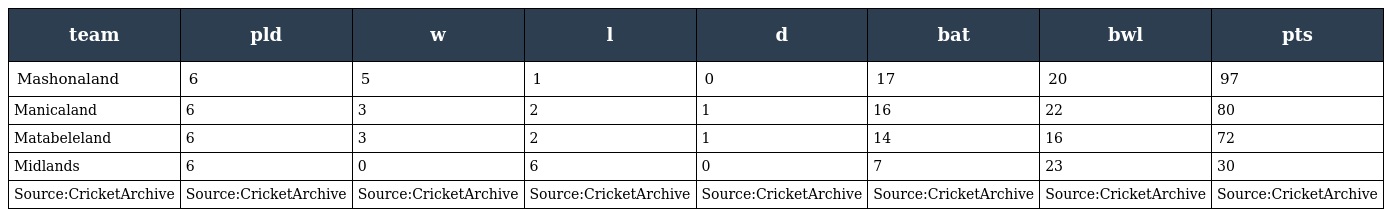
| team | pld | w | l | d | bat | bwl | pts |
 | --- | --- | --- | --- | --- | --- | --- | --- |
 | Mashonaland | 6 | 5 | 1 | 0 | 17 | 20 | 97 |
 | Manicaland | 6 | 3 | 2 | 1 | 16 | 22 | 80 |
 | Matabeleland | 6 | 3 | 2 | 1 | 14 | 16 | 72 |
 | Midlands | 6 | 0 | 6 | 0 | 7 | 23 | 30 |
 | Source:CricketArchive | Source:CricketArchive | Source:CricketArchive | Source:CricketArchive | Source:CricketArchive | Source:CricketArchive | Source:CricketArchive | Source:CricketArchive |